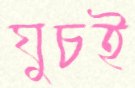
ঘুচই